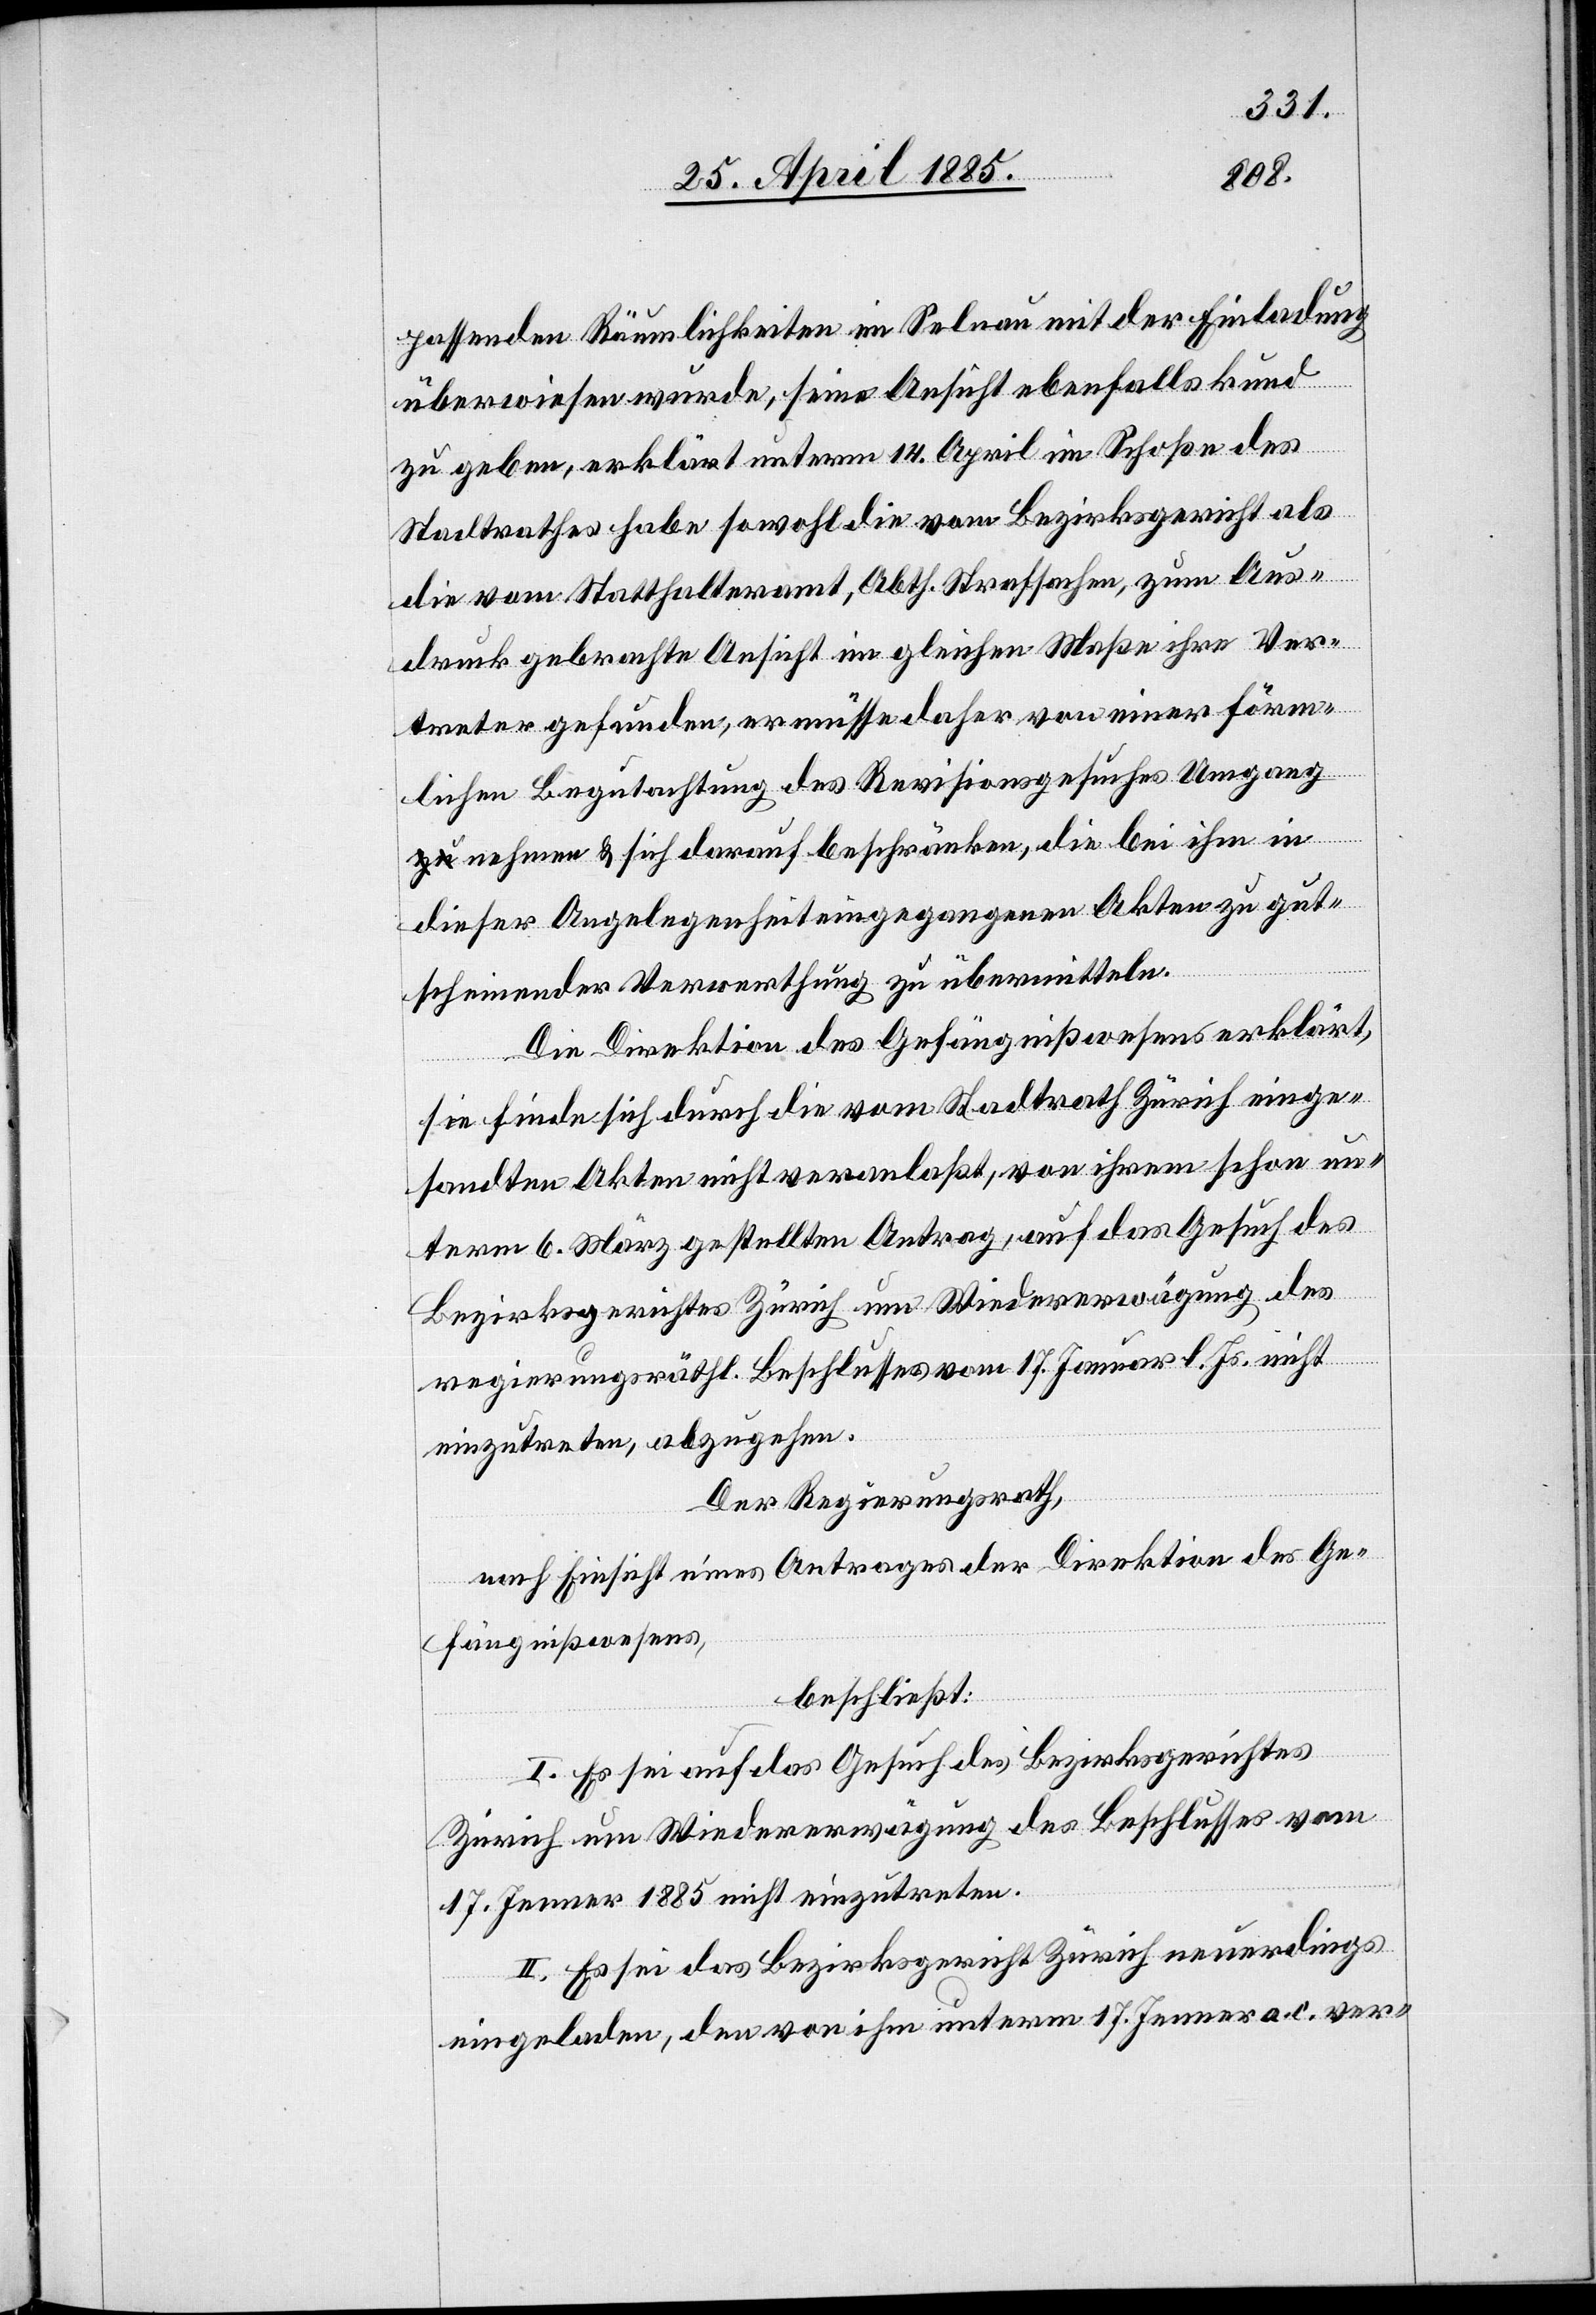
passenden Räumlichkeiten im Selnau mit der Einladung
überwiesen wurde, seine Ansicht ebenfalls kund
zu geben, erklärt unterm 14. April im Schoße des
Stadtrathes habe sowohl die vom Bezirksgericht als
die vom Statthalteramt, Abth. Strafsachen, zum Aus¬
druck gebrachte Ansicht im gleichen Maße ihre Ver¬
treter gefunden, er müsse daher von einer förm¬
lichen Begutachtung des Revisionsgesuches Umgang
nehmen & sich darauf beschränken, die bei ihm in
dieser Angelegenheit eingegangenen Akten zu gut¬
scheinender Verwertung zu übermitteln.
Die Direktion des Gefängnißwesens erklärt,
sie finde sich durch die vom Stadtrath Zürich einge¬
sandten Akten nicht veranlaßt, von ihrem schon un¬
term 6. März gestellten Antrag, auf das Gesuch des
Bezirksgerichtes Zürich um Wiedererwägung des
regierungsräthl. Beschlusses vom 17. Januar l. Js. nicht
einzutreten, abzugehen.
Der Regierungsrath,
nach Einsicht eines Antrages der Direktion des Ge¬
fängnißwesens,
beschließt:
I. Es sei auf das Gesuch des Bezirksgerichtes
Zürich um Wiedererwägung des Beschlusses vom
17. Januar 1885 nicht einzutreten.
II. Es sei das Bezirksgericht Zürich neuerdings
eingeladen, den von ihm unterm 17. Januar a. c. ver-